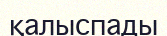
қалыспады